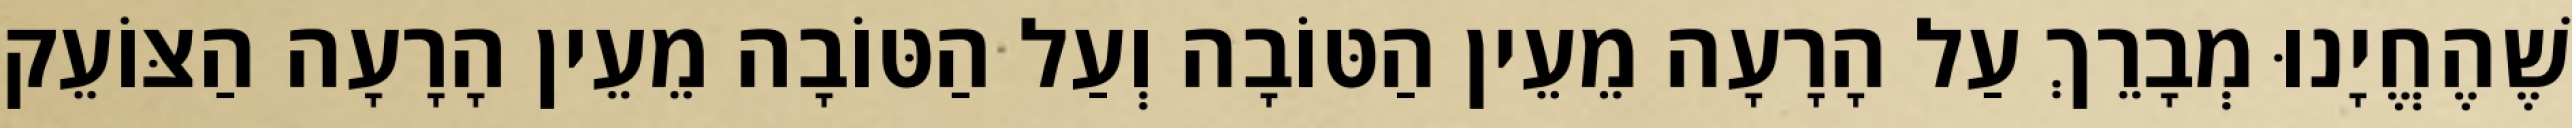
שֶׁהֶחֱיָנוּ מְבָרֵךְ עַל הָרָעָה מֵעֵין הַטּוֹבָה וְעַל הַטּוֹבָה מֵעֵין הָרָעָה הַצּוֹעֵק